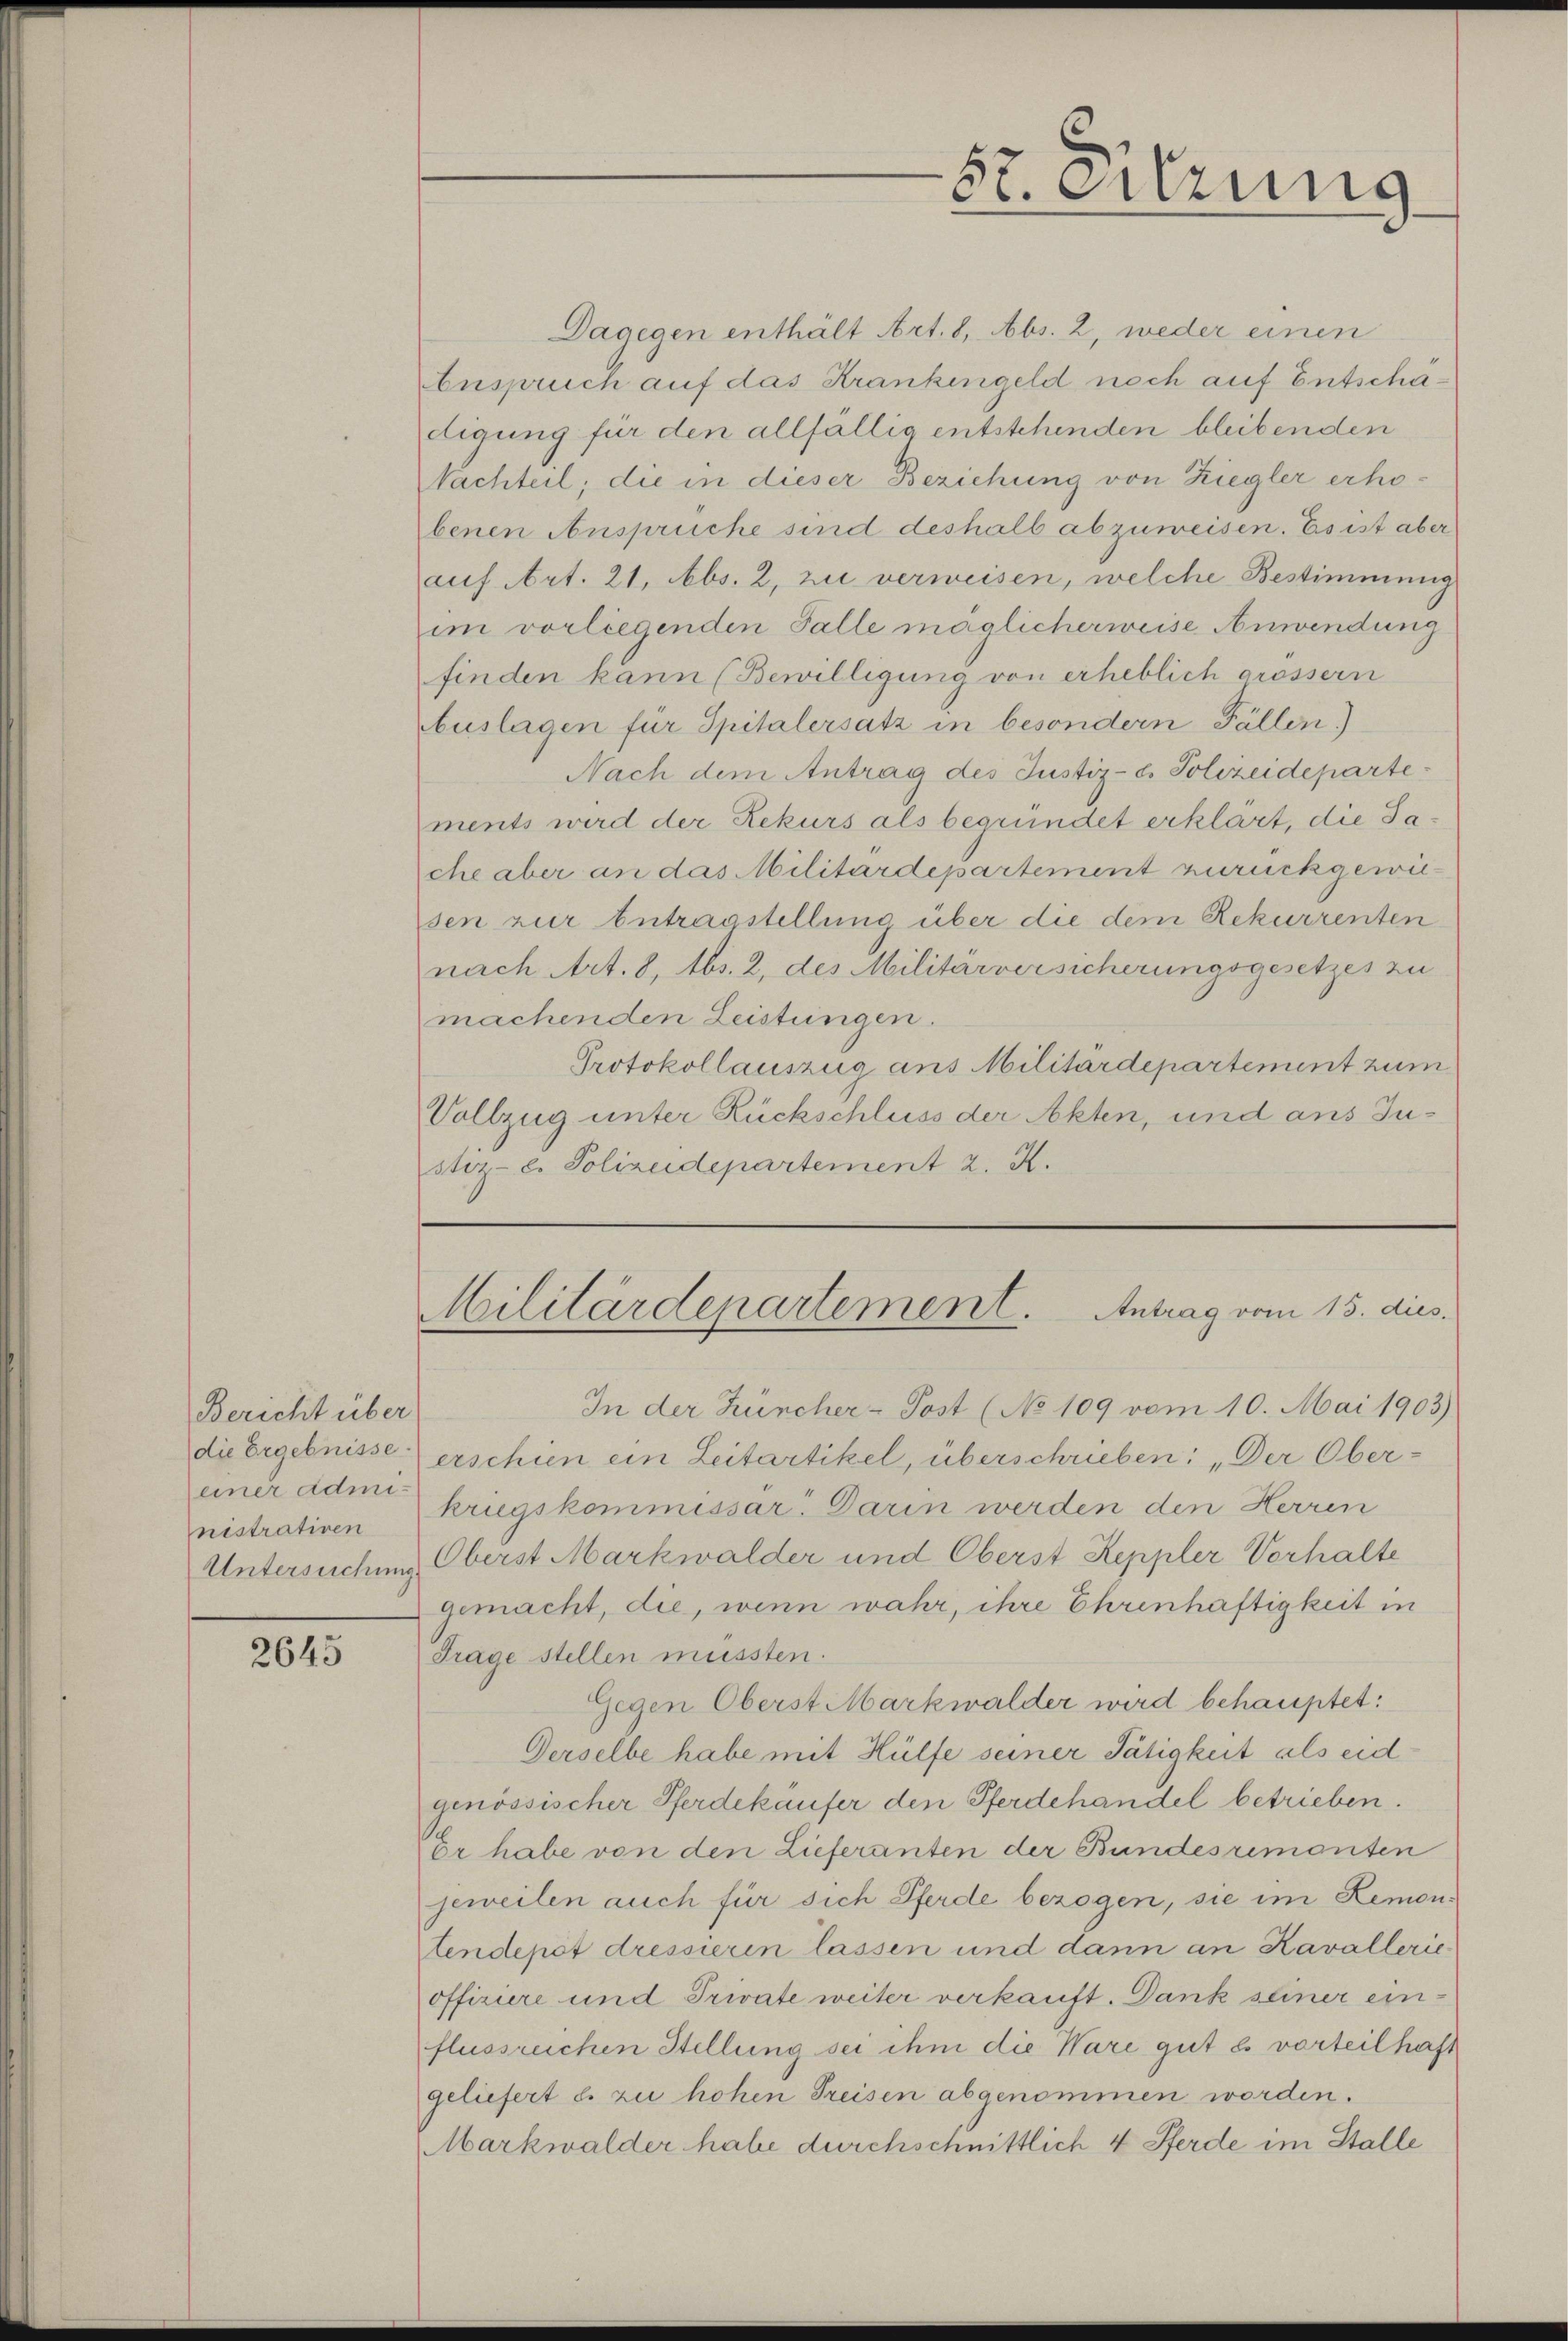
Bericht über
die Ergebnisse.
einer Administrativen

2645

57 erung

Dagegen enthält Art. 8, Abs. 2, weder einen
bespruch auf das Krankengeld noch auf Entschädigung für den allfällig entstehenden bleibenden
Nachteil; die in dieser Beziehung von Ziegler erhobenen Ansprüche sind deshalb abzuweisen. Es ist aber
auf Art. 21, Abs. 2, zu verweisen, welche Bestimmung
im vorliegenden Falle möglicherweise Anwendung
finden kann (Bewilligung von erheblich grössern
buslagen für Spitalersatz in besondern Fällen.)
Nach dem Antrag des Justiz- Polizeidepartements wird der Rekurs als begründet erklärt, die Sache aber an das Militärdepartement zurückgewiesen zur Antragstellung über die dem Rekurrenten
nach Art. 8, Abs. 2, des Militärversicherungsgesetzes zu
machenden Leistungen.
Protokollauszug aus Militärdepartement zum
Vollzug unter Rückschluss der Akten, und aus Justiz- e. Polizeidepartement 2. K.

Militärdepartement. Antrag vom 15. dies.

In der Zürcher-Post (No 109 vom 10. Mai 1903)
erschien ein Leitartikel, überschrieben: „Der Oberkriegskommissar. Darin werden den Herren
Untersuchung Oberst Markwalder und Oberst Reppler Vorhalte
gemacht, die, wenn wahr, ihre Ehrenhaftigkeit in
Frage stellen müssten.
Gegen Oberst Markwalder wird behauptet:
Derselbe habe mit Hülfe seiner Tätigkeit als eidgenössischer Pferdekäufer den Pferdehandel betrieben.
Er habe von den Lieferanten der Bundesrimenten
jeweilen auch für sich Pferde bezogen, sie im Remon-
tendepot dressierin lassen und dann an Kavallerie
offiziere und Private weiter verkauft. Dank seiner einflussrechen Stellung sei ihm die Ware gut es vorteilhaft
geliefert es zu hohen Preisen abgenommen worden.
Markwalder habe durchschnittlich 4 Pferde im Stalle